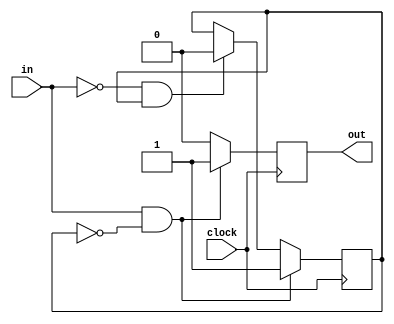
`timescale 1ns / 1ps
//////////////////////////////////////////////////////////////////////////////////
// Company: 
// Engineer: 
// 
// Design Name: 
// Module Name: SinglePulser
// Project Name: 
// Target Devices: 
// Tool Versions: 
// Description: 
// 
// Dependencies: 
// 
// Revision:
// Revision 0.01 - File Created
// Additional Comments:
// 
//////////////////////////////////////////////////////////////////////////////////


module SinglePulser(
    output reg out,
    input in,
    input clock
);
reg current;

initial
begin
    current <= 0;
    out <= 0;
end

always @(posedge clock)
begin
    if(in && !current)
    begin
        current <= 1;
        out <= 1;
    end
    else if(!in && current)
    begin
        current <= 0;
        out <= 0;
    end 
    else
    begin
        out <= 0;
    end
end

endmodule